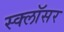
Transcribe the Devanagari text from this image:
स्क्लॉसर